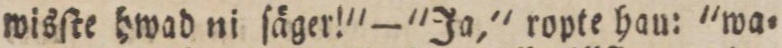
wisſte hwad ni ſäger!'—'Ja,' ropte hau: 'wa=